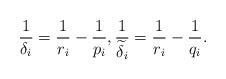
LaTeX: \begin{align*}\frac1{\delta_i}=\frac1{r_i}-\frac1{p_i},\frac1{\widetilde{\delta}_i}=\frac1{r_i}-\frac1{q_i}.\end{align*}